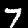
Digit: 7